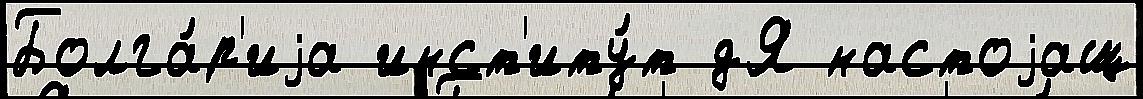
Болга́р'иjа инст'иту́т дЯ настоjащ